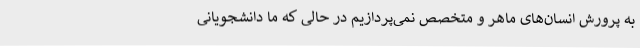
به پرورش انسان‌های ماهر و متخصص نمی‌پردازیم در حالی که ما دانشجویانی